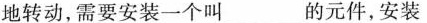
地转动，需要安装一个叫___的元件，安装